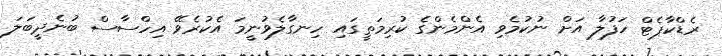
ރެޑްކާޕެޓް ހަފުލާ އަށް ނުކުމެވި އެންމެންގެ ކުރިމަތީގައި ހިނގާލެވުނީމަ އެކުރެވޭ އިހްސާސް ބުނެދީބަލަ